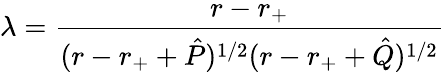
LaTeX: \lambda={\frac{r-r_{+}}{(r-r_{+}+\hat{P})^{1/2}(r-r_{+}+\hat{Q})^{1/2}}}